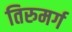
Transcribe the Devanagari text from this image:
तिरुमर्ग